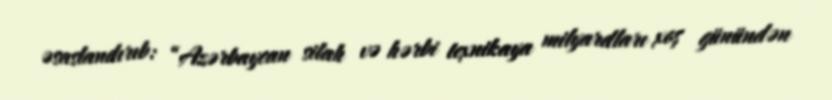
əsaslandırıb: “Azərbaycan silah və hərbi texnikaya milyardları xoş günündən